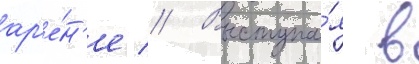
ар'е́н'е // Выступа́я в